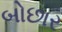
બોછાર